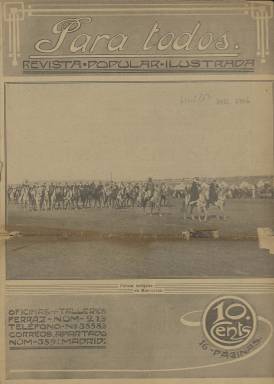
Título: Para todos (Madrid. 1912)
Colección: Revistas de información general
Ámbito geográfico: Madrid
Lugar de publicación: Madrid
Fechas: 11/02/1912-11/02/1912